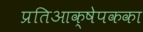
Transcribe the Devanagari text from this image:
प्रतिआक्षेपकका